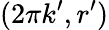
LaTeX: (2\pi k^{\prime},r^{\prime})